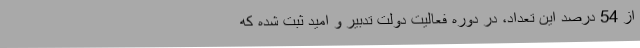
از 54 درصد این تعداد، در دوره فعالیت دولت تدبیر و امید ثبت شده که